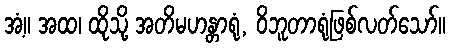
အံ့။ အထ၊ ထိုသို့ အတိမဟန္တာရုံ, ဝိဘူတာရုံဖြစ်လတ်သော်။